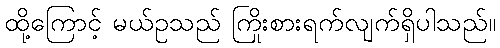
ထို့ကြောင့် မယ်ဥသည် ကြိုးစားရက်လျက်ရှိပါသည်။